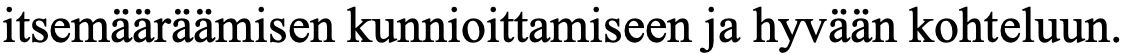
itsemääräämisen kunnioittamiseen ja hyvään kohteluun.